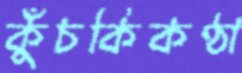
কুঁচকিকণ্ঠা